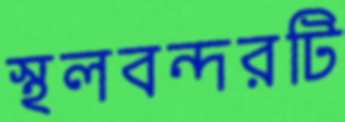
স্থলবন্দরটি